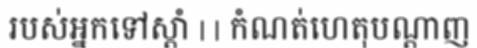
របស់អ្នកទៅស្តាំ | | កំណត់ហេតុបណ្តាញ